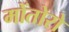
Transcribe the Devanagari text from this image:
मोंतोरो